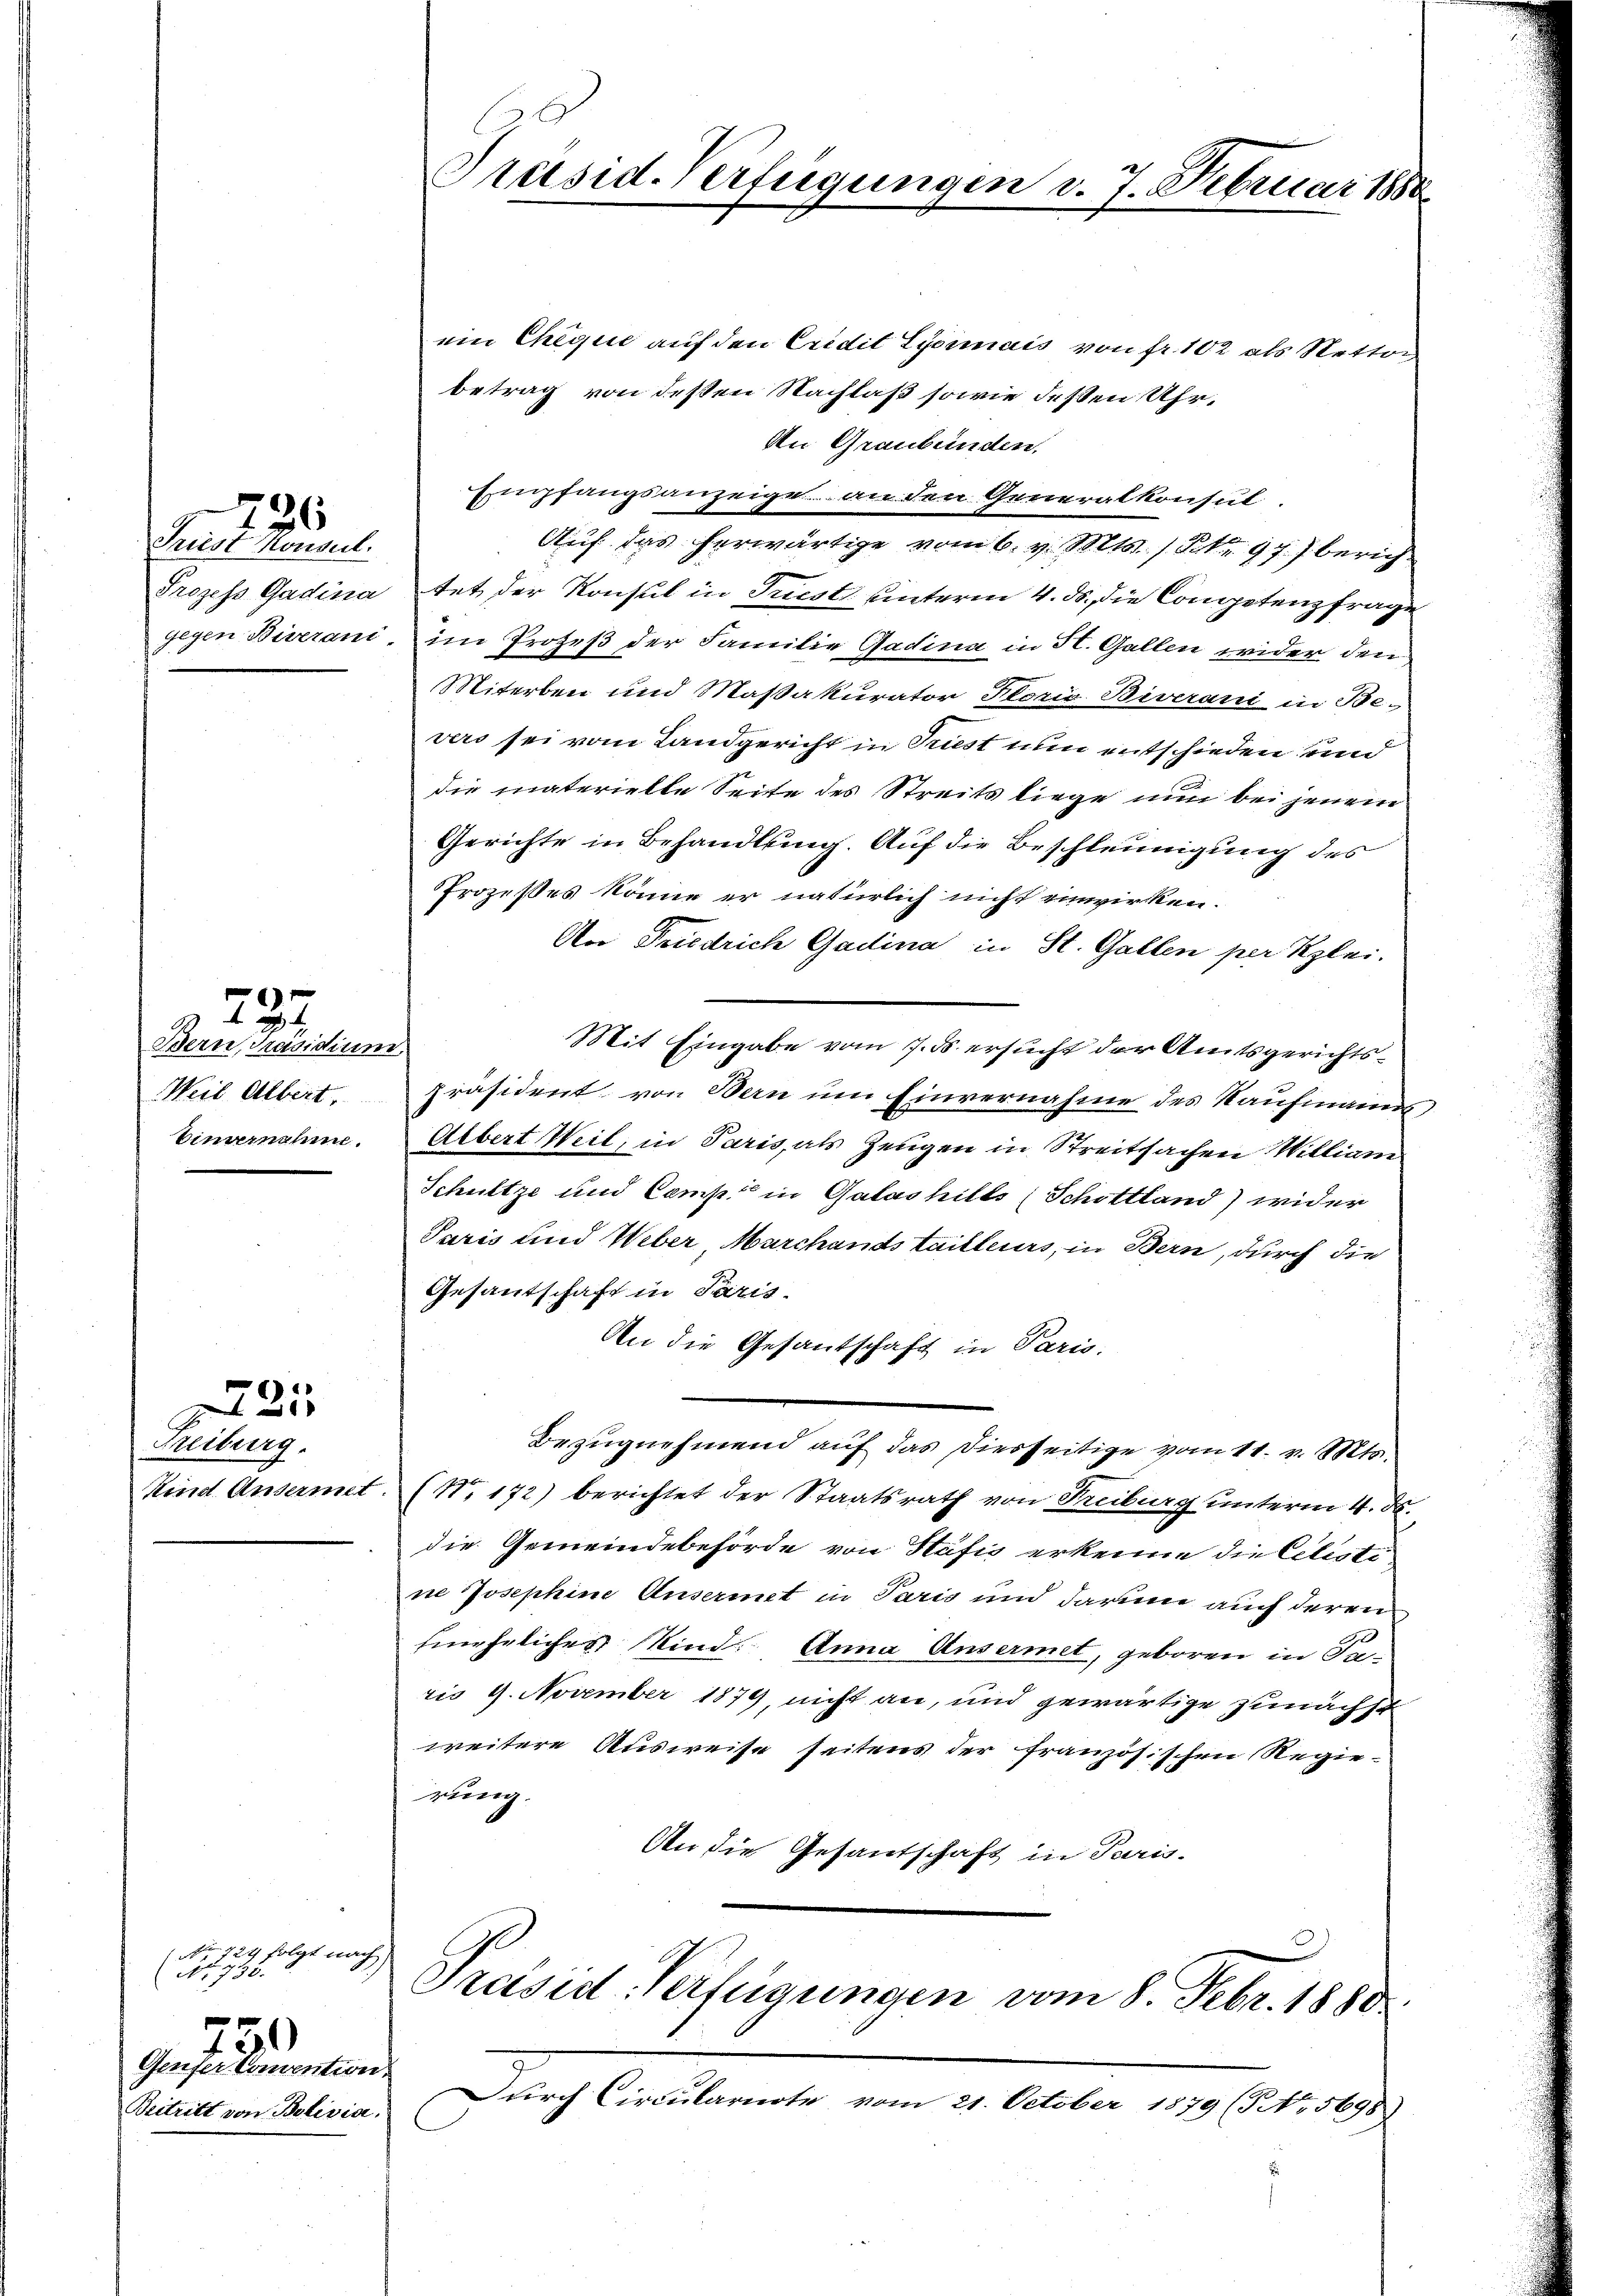
Trist Honsul

)
 2

736

Bern, Präsidium
Einvernahme.

G
Freiburg.

6)
25

No 724 folgt na
No. 735.
150
Genfer Convention.
Beitritt von Bolivia,

Präsid-Verfügungen d. 7. Februar 1880

ein Chique auf den Credit Lyonmais von fr. 102 als Nettor
betrag von dessen Nachlaß sowie deßen Uhr¬
An Graubünden.
Empfangsanzeige an den Generalkonsul
Auf das herwärtige vom 6. v. Mts. S. 977 berich
Prozess Gadina tat der Konsul in Trest unterm 4. ds. die Competenzfrage
gegen Biverani, im Prozeß der Familie Gadina in H. Gallen wider den
Miterben und Maßakurator Stori Biverand, in Be-
vers sei vom Landgericht in Priest nun entschieden und
die materielle Seite des Streits liege nur bei jenem
Gerichte in Behandlung. Auf die Beschleunigung des
Prozeßes könne er natürlich nicht einwirken.
Aor Friedrich Gadina in St. Gallen per Klei
Mit Eingabe vom 7. ds. ersucht der Amtsgerichts¬
Weil Albert, Präsident von Bern um Einvernahme des Kaufmanns
Albert Weil, in Paris, als Zeugen in Streitsachen William
Schultze und Camp in Galas hilts (Schottland) wider
Paris und Weber, Marchandstailleurs, in Bern, durch die
Gesandschaft in Paris
An die Gesantschaft in Paris.
Bezŭgnehmend aŭf das diesseitige vom 11. v. Mts.
Kind Ansermet. (No. 172) berichtet der Staatsrath von Freiburg unterm 4. ds.
die Gemeindebehörde von Stäfis erkenne die Cilisti
ne Josephine Ansermet in Paris und darum auch deren
fmneheliches Kind. Anna Unsermet, geboren in Pa-
ris 9. November 1879, nicht an, und gewärtige zunächst
weitere Ausweise seitens der französischen Regierung.
An die Gesandschaft in Paris.
)
Präsid. Verfügungen vom 8. Febr. 1880
n
Durch Circularnote vom 21. October 1879 (5 No 5698)
i